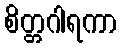
စိတ္တဂါရကာ